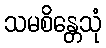
သမစိန္တေသုံ